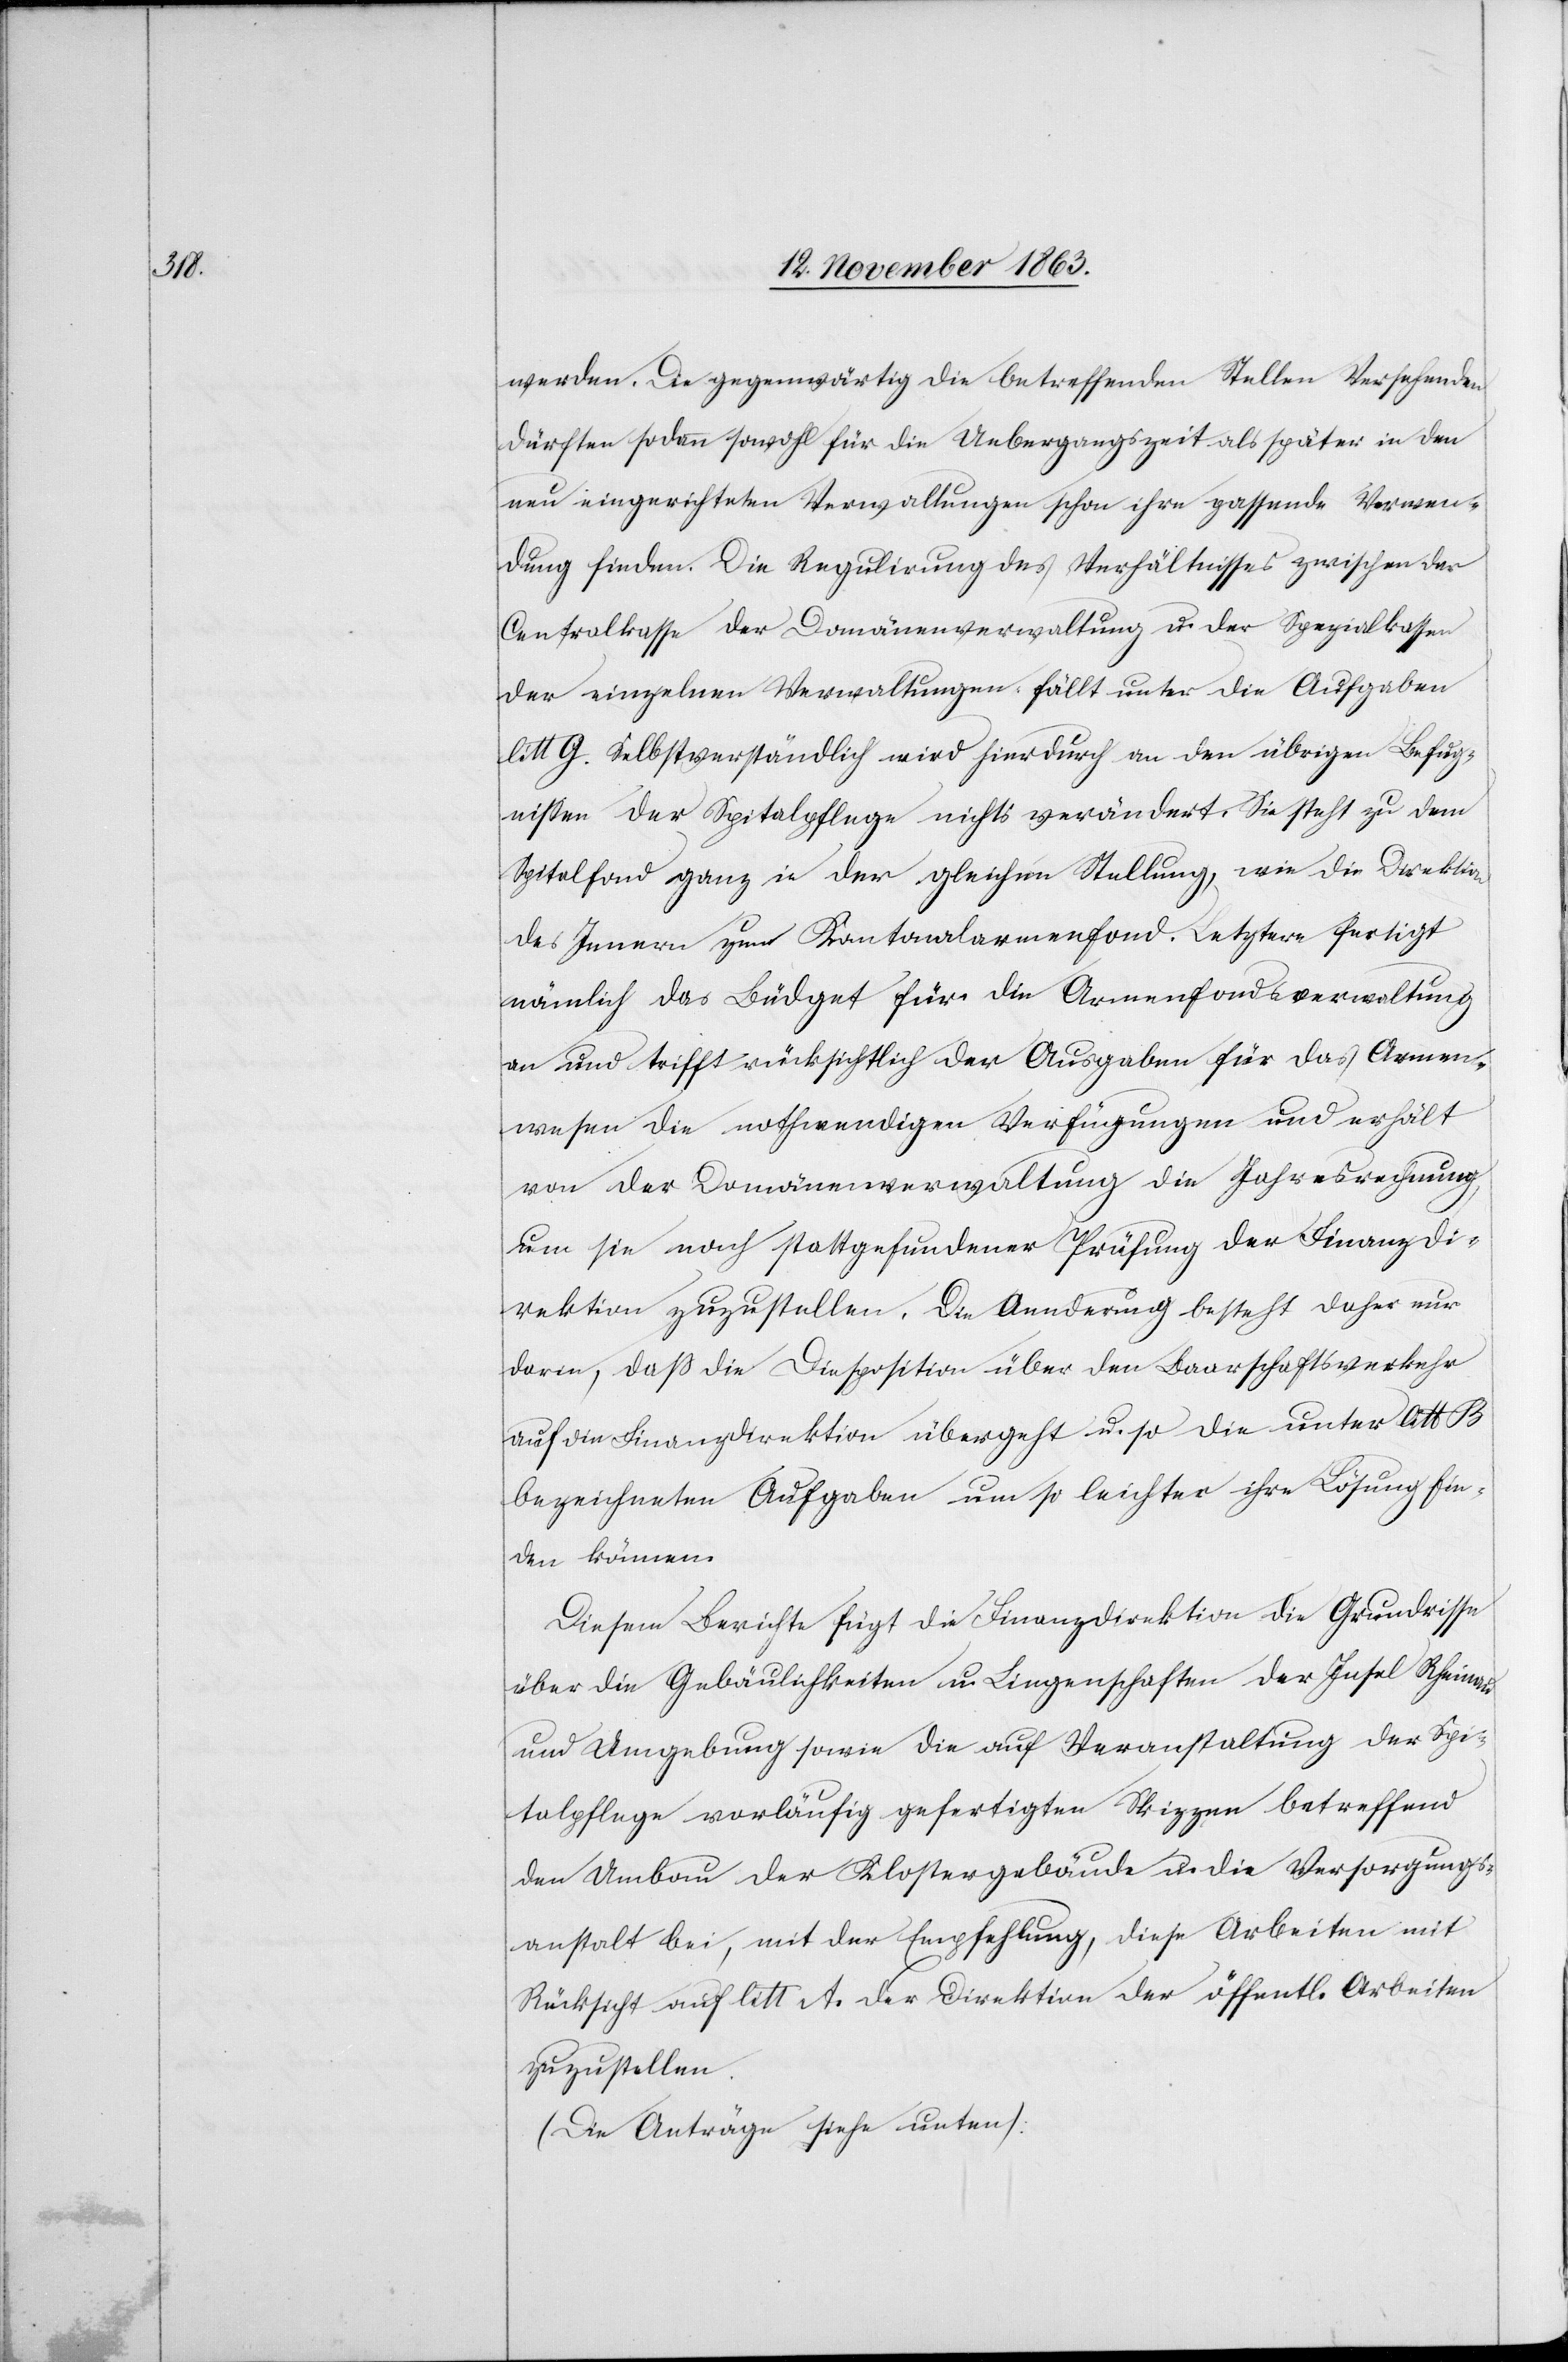
werden. Die gegenwärtig die betreffenden Stellen Versehenden
dürften sodann sowohl für die Uebergangszeit als später in den
neu eingerichteten Verwaltungen schon ihre passende Verwen¬
dung finden. Die Regulirung des Verhältnisses zwischen der
Centralkasse der Domänenverwaltung u. der Spezialkassen
der einzelnen Verwaltungen fällt unter die Aufgaben
litt G. Selbstverständlich wird hierdurch an den übrigen Befug¬
nissen der Spitalpflege nichts verändert. Sie steht zu dem
Spitalfond ganz in der gleichen Stellung, wie die Direktion
des Innern zum Kantonalarmenfond. Letztere fertigt
nämlich das Büdget für die Armenfondsverwaltung
an und trifft rücksichtlich der Ausgaben für das Armen¬
wesen die nothwendigen Verfügungen und erhält
von der Domänenverwaltung die Jahresrechnung,
um sie nach stattgefundener Prüfung der Finanzdi¬
rektion zuzustellen. Die Aenderung besteht daher nur
darin, daß die Diesposition [sic!] über den Baarschaftsverkehr
auf die Finanzdirektion übergeht u. so die unter litt B
bezeichneten Aufgaben um so leichter ihre Lösung fin¬
den können.
Diesem Berichte fügt die Finanzdirektion die Grundrisse
über die Gebäulichkeiten u. Liegenschaften der Insel Rheinau
und Umgebung sowie die auf Veranstaltung der Spi¬
talpflege vorläufig gefertigten Skizzen betreffend
den Umbau der Klostergebäude u. die Versorgungs¬
anstalt bei, mit der Empfehlung, diese Arbeiten mit
Rücksicht auf litt A. der Direktion der öffentl. Arbeiten
zuzustellen.
(Die Anträge siehe unten):